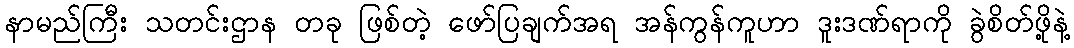
နာမည်ကြီး သတင်းဌာန တခု ဖြစ်တဲ့ ဖော်ပြချက်အရ အန်ကွန်ကူဟာ ဒူးဒဏ်ရာကို ခွဲစိတ်ဖို့နဲ့